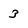
Character: 3